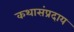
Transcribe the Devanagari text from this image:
कथासंप्रदाय